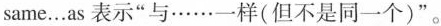
same.…as 表示"与······一样(但不是同一个)".